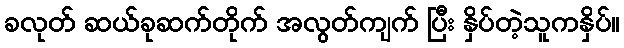
ခလုတ် ဆယ်ခုဆက်တိုက် အလွတ်ကျက် ပြီး နှိပ်တဲ့သူကနှိပ်။